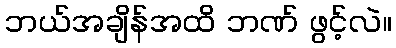
ဘယ်အချိန်အထိ ဘဏ် ဖွင့်လဲ။